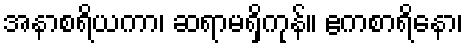
အနာစရိယကာ၊ ဆရာမရှိကုန်။ ဧကစာရိနော၊